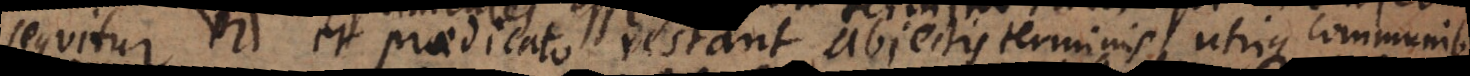
subjecto et praedicato restant abjectis terminis utrique communibu